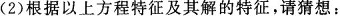
(2)根据以上方程特征及其解的特征，请猜想：